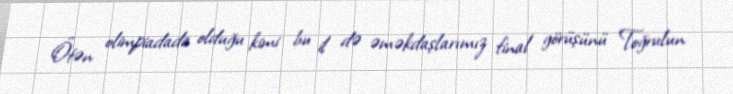
Ötən olimpiadada olduğu kimi bu il də əməkdaşlarımız final görüşünü Toğrulun